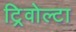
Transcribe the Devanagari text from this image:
ट्रिवोल्‍टा